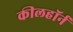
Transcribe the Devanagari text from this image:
कीलहॉर्न